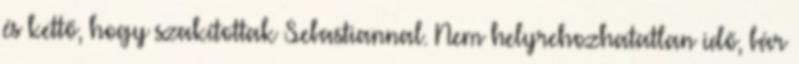
és kettő, hogy szakítottak Sebastiannal. Nem helyrehozhatatlan idő, bár